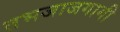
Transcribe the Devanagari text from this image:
तभजाजगागी